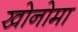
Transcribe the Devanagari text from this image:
खोनोमा